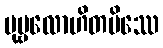
ပုဗ္ဗလောဟိတမိဿေ